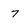
Character: 7